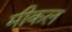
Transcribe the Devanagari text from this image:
मीकल